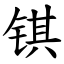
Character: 𫓹